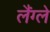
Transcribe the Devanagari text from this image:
लैंग्ले